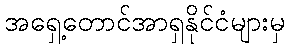
အရှေ့တောင်အာရှနိုင်ငံများမှ